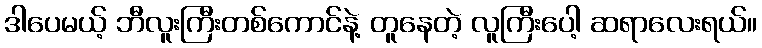
ဒါပေမယ့် ဘီလူးကြီးတစ်ကောင်နဲ့ တူနေတဲ့ လူကြီးပေါ့ ဆရာလေးရယ်။